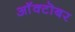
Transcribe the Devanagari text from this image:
आॅक्टॊबर